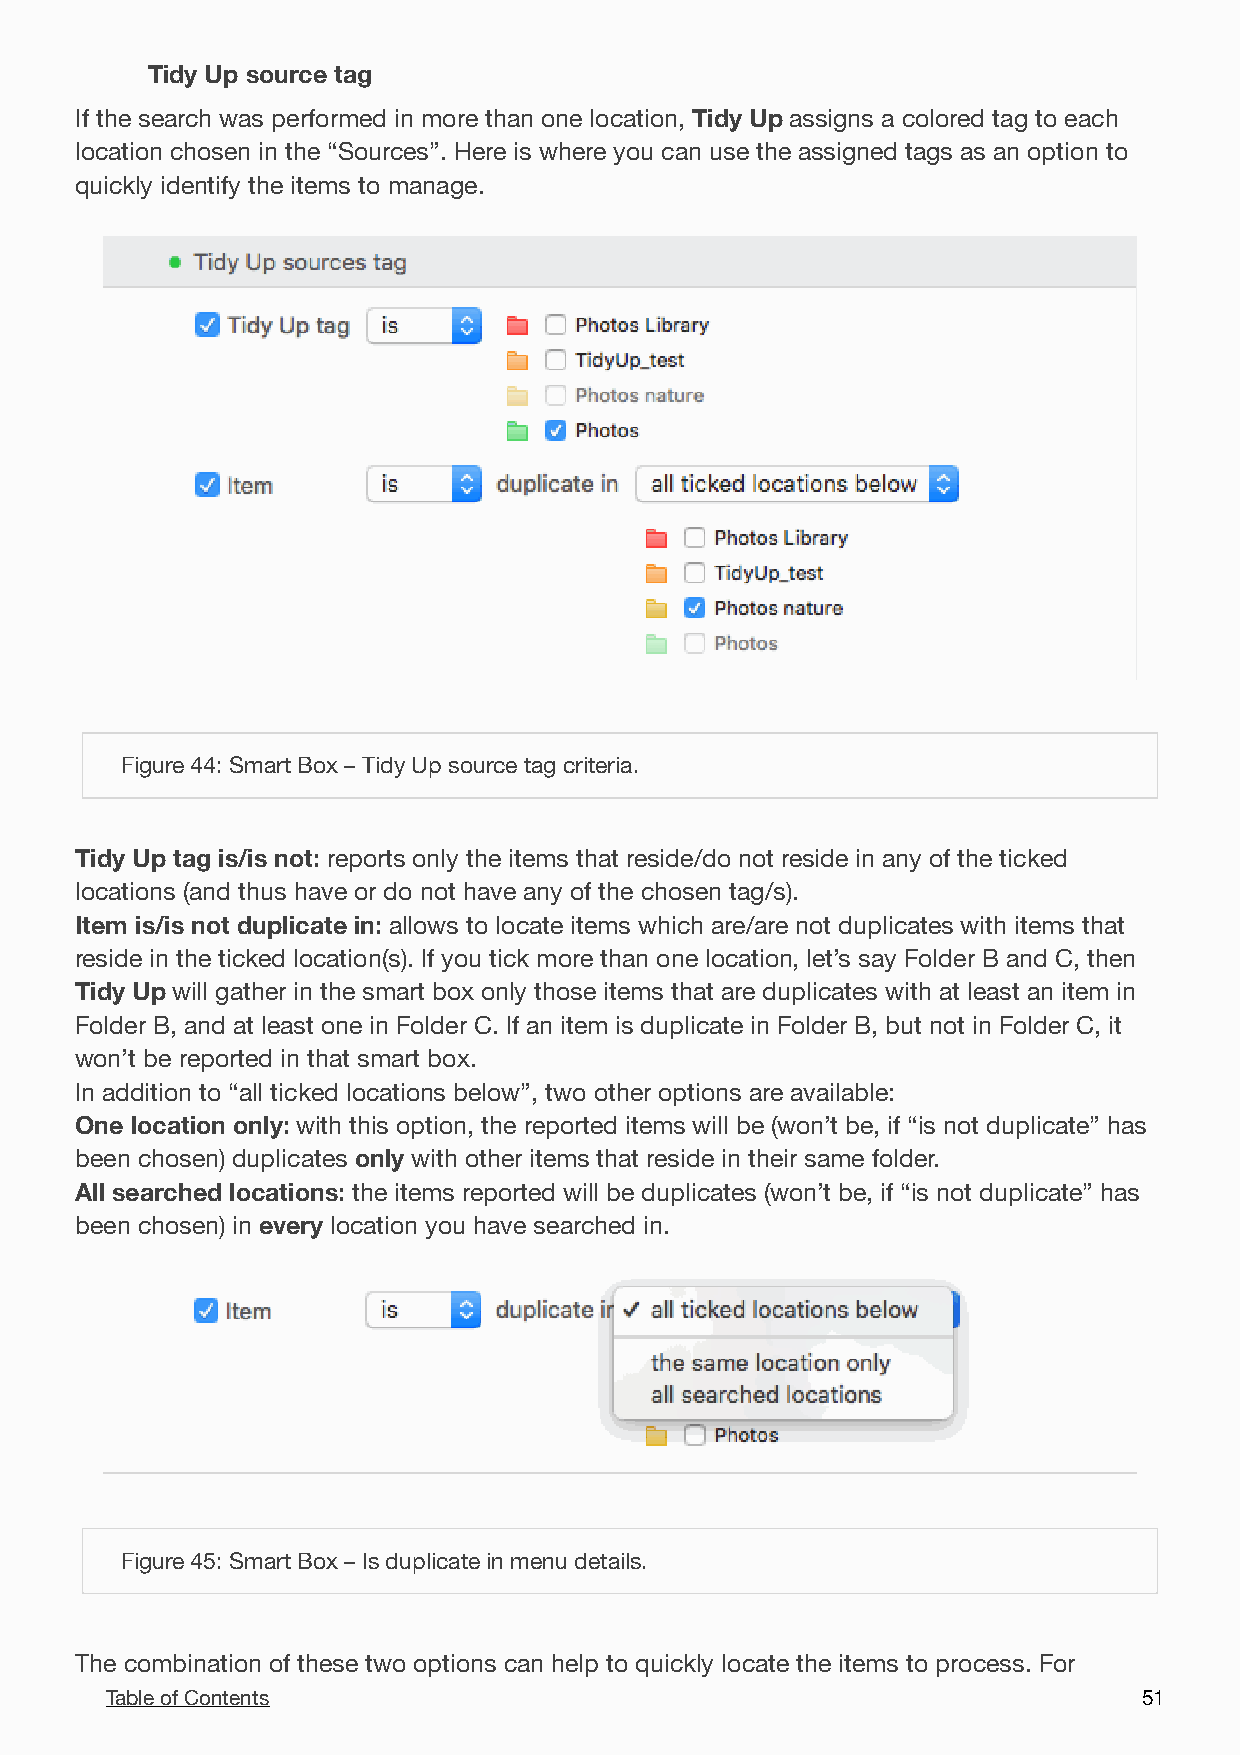
Tidy Up source tag
 If the search was performed in more than one location, Tidy Up assigns a colored tag to each
 location chosen in the “Sources”. Here is where you can use the assigned tags as an option to
 quickly identify the items to manage.
 !
 Figure 44: Smart Box – Tidy Up source tag criteria.
 Tidy Up tag is/is not: reports only the items that reside/do not reside in any of the ticked
 locations (and thus have or do not have any of the chosen tag/s).
 Item is/is not duplicate in: allows to locate items which are/are not duplicates with items that
 reside in the ticked location(s). If you tick more than one location, let’s say Folder B and C, then
 Tidy Up will gather in the smart box only those items that are duplicates with at least an item in
 Folder B, and at least one in Folder C. If an item is duplicate in Folder B, but not in Folder C, it
 won’t be reported in that smart box.
 In addition to “all ticked locations below”, two other options are available:
 One location only: with this option, the reported items will be (won’t be, if “is not duplicate” has
 been chosen) duplicates only with other items that reside in their same folder.
 All searched locations: the items reported will be duplicates (won’t be, if “is not duplicate” has
 been chosen) in every location you have searched in.
 !
 Figure 45: Smart Box – Is duplicate in menu details.
 The combination of these two options can help to quickly locate the items to process. For
 Table of Contents                                                    5 1